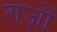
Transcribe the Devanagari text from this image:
गज़ों